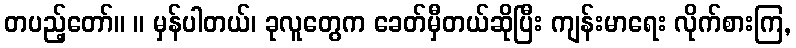
တပည့်တော်။ ။ မှန်ပါတယ်၊ ခုလူတွေက ခေတ်မှီတယ်ဆိုပြီး ကျန်းမာရေး လိုက်စားကြ,